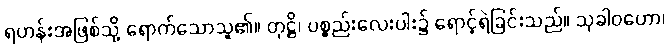
ရဟန်းအဖြစ်သို့ ရောက်သောသူ၏။ တုဋ္ဌိ၊ ပစ္စည်းလေးပါး၌ ရောင့်ရဲခြင်းသည်။ သုခါဝဟော၊